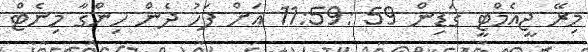
މިރޭ ޖީއެމްޓީ ގަޑިން 59 :11:59 އަށް ފަހު ދެން ހިންގާ މިނެޓް